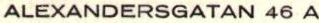
ALEXANDERSGATAN 46 A